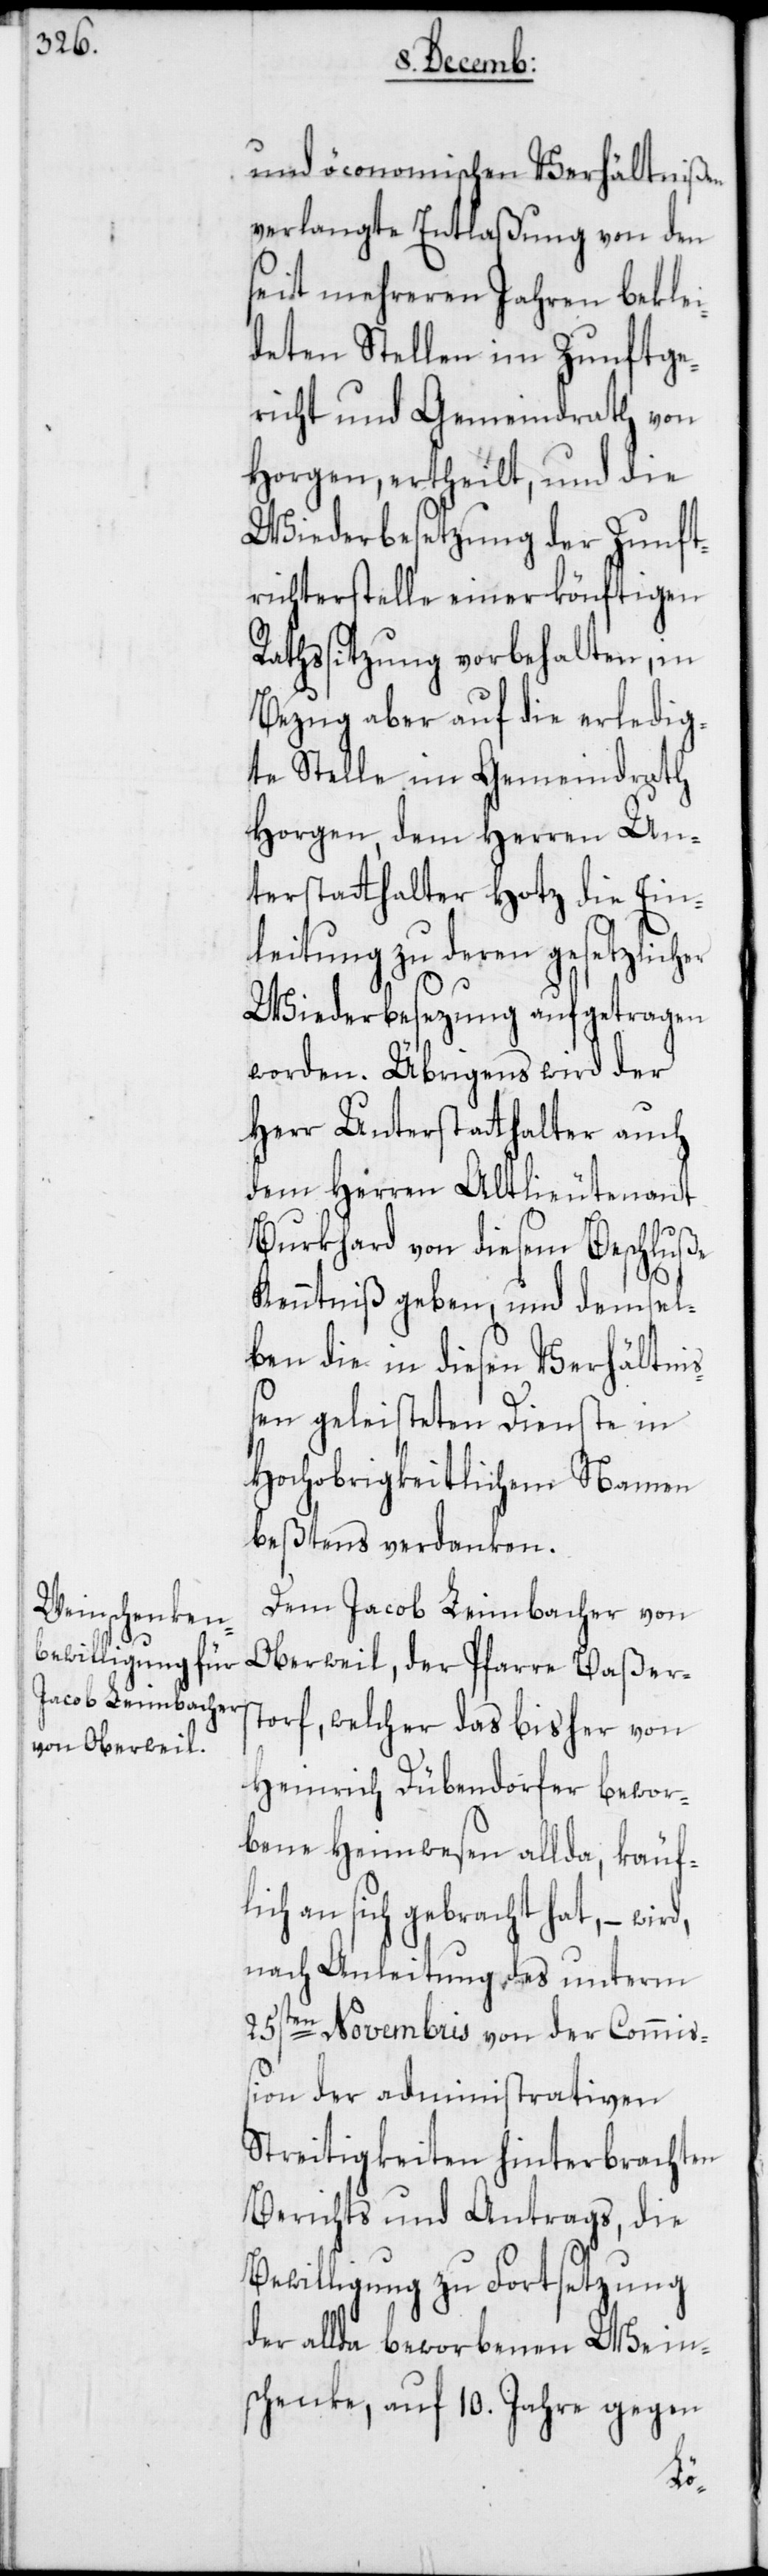
und öconomischen Verhältnißen
verlangte Entlaßung von den
seit mehreren Jahren beklei¬
deten Stellen im Zunftge¬
richt und Gemeindrath von
Horgen, ertheilt, und die
Wiederbesetzung der Zunft¬
richterstelle einer könftigen
Rathssitzung vorbehalten, in
Bezug aber auf die erledig¬
te Stelle im Gemeindrath
Horgen, dem Herren Un¬
terstatthalter Hotz die Ein¬
leitung zu deren gesetzlicher
Wiederbesezung aufgetragen
worden. Übrigens wird der
Herr Unterstatthalter auch
dem Herren Altlieutenant
[sic!] von diesem Beschluße
Kenntniß geben, und demsel¬
ben die in diesen Verhältni¬
ßen geleisteten Dienste in
Hochobrigkeitlichem Namen
beßtens verdanken.
Dem Jacob Leimbacher von
Oberweil, der Pfarre Baßers¬
torf, welcher das bisher von
Heinrich Dübendorfer bewor¬
bene Heimwesen allda, käuf¬
lich an sich gebracht hat, – wir¬
nach Anleitung des unterm
25sten Novembris von der Commiß¬
ion der administrativen
Streitigkeiten hinterbrachten
Berichts und Antrags, die
Bewilligung zu Fortsetzung
der allda beworbenen Wein¬
schenke, auf 10. Jahre gegen
d,